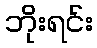
ဘိုးရင်း